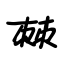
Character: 棘